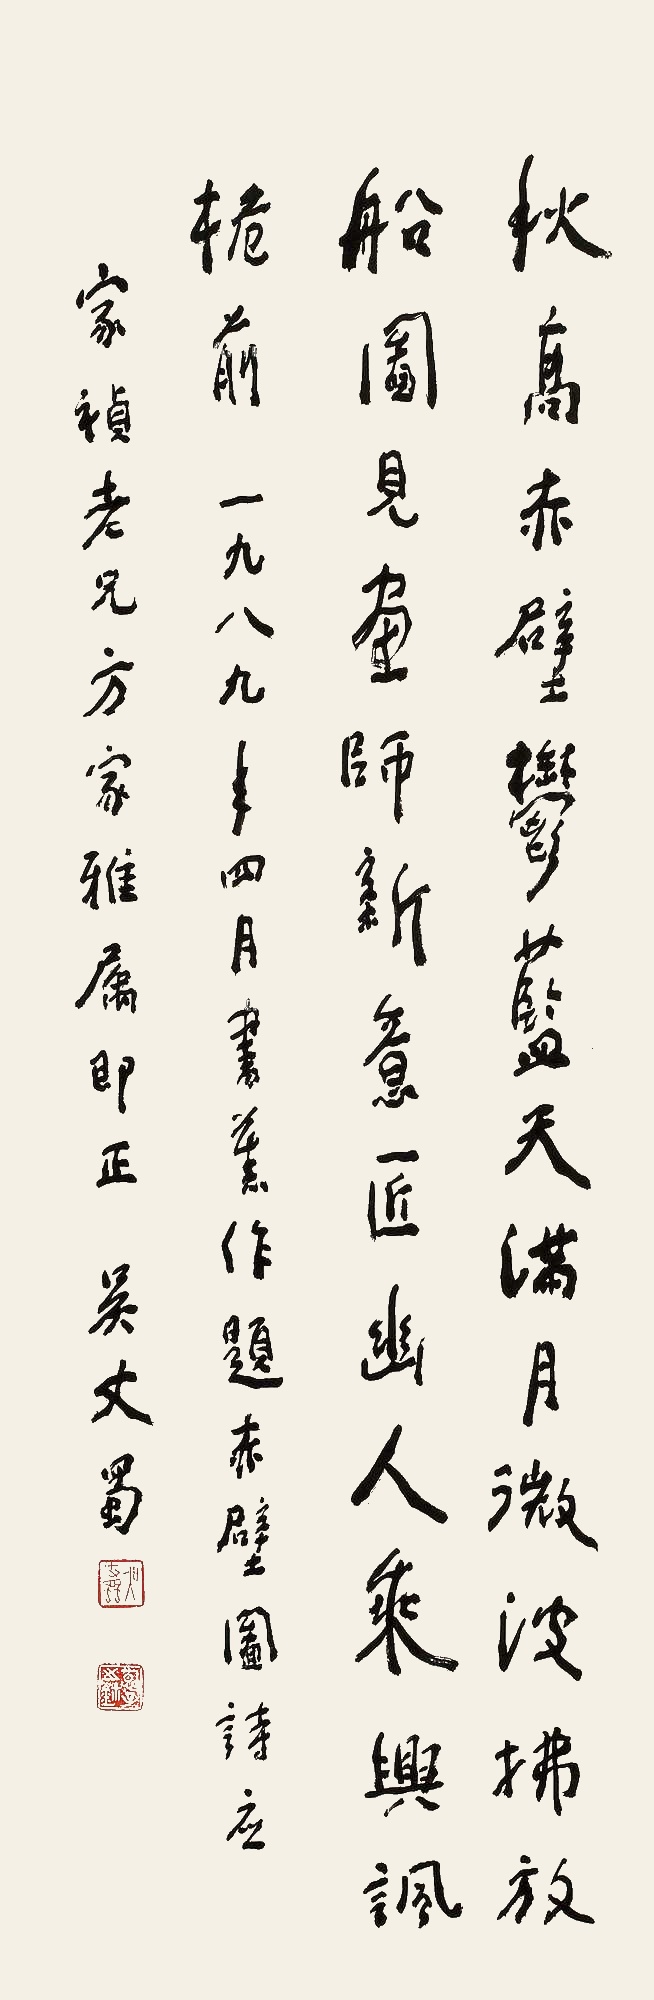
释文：秋高赤壁梦蓝天，满月微波拂放船。闻见画师新意匠，幽人乘兴讽桅前。一九八九年四月书旧作题赤壁图诗，应家祯老兄方家雅属即正。吴丈蜀。